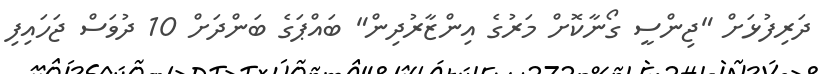
ދަރިފުޅަށް "ޖިންސީ ގޯނާކޮށް މަރުގެ އިންޒާރުދިން" ބައްޕަގެ ބަންދަށް 10 ދުވަސް ޖަހައިފި